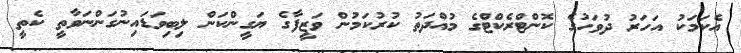
އެކަމަކު އަހަރު ދުވަހުގެ ކޮންޓްރެކްޓްގެ މުއްދަތު ކުރުކަމުން ވަޒީފާގެ ޔަގީންކަން ލިބިވަޑައިނުގަންނަވާތީ ކެތީ